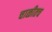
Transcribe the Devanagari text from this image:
चाळीतच